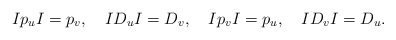
\begin{align*}Ip_uI = p_v,\quad ID_uI = D_v,\quad Ip_vI = p_u,\quad ID_vI = D_u.\end{align*}